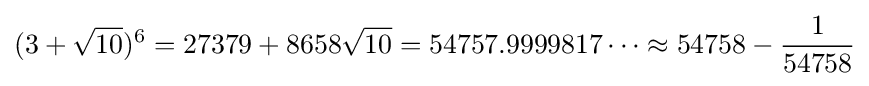
(3+{\sqrt {10}})^{6}=27379+8658{\sqrt {10}}=54757.9999817\dots \approx 54758-{\frac {1}{54758}}